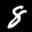
Label: 8